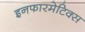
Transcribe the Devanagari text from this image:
इनफारमेटिक्स